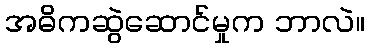
အဓိကဆွဲဆောင်မှုက ဘာလဲ။